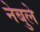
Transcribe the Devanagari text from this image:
नेबुले